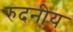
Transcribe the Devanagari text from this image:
रुदनीय